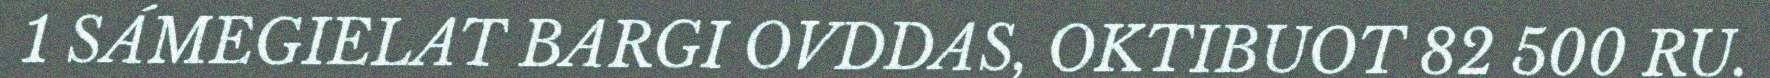
1 SÁMEGIELAT BARGI OVDDAS, OKTIBUOT 82 500 RU.